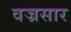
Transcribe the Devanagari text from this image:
वज्रसार